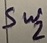
Text: Sw2